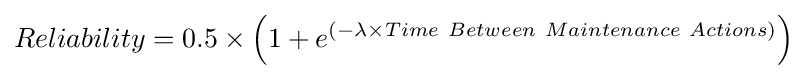
Reliability=0.5\times \left(1+e^{\left(-\lambda \times Time\ Between\ Maintenance\ Actions\right)}\right)